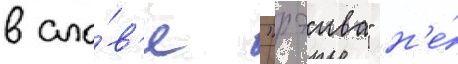
в сло́в'е "рэива" н'е́